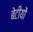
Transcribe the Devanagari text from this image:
बेटीयों